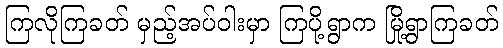
ကြလိုကြခတ် မှည့်အပ်ဝါးမှာ ကြပို့ရွာက မြို့ရွာကြခတ်